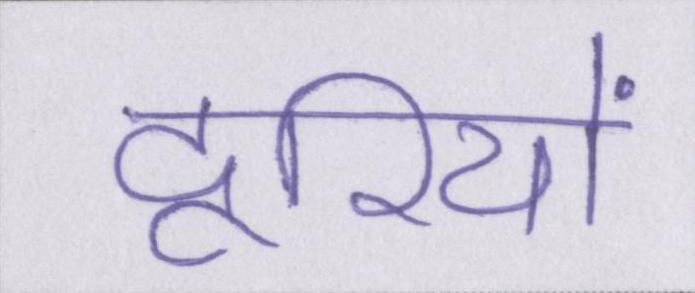
दूरियों